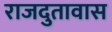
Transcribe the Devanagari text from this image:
राजदुतावास